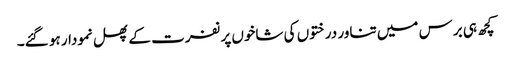
کچھ ہی برس میں تناور درختوں کی شاخوں پر نفرت کے پھل نمودار ہو گئے۔